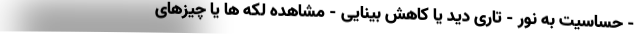
- حساسیت به نور - تاری دید یا کاهش بینایی - مشاهده لکه ها یا چیزهای